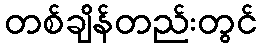
တစ်ချိန်တည်းတွင်